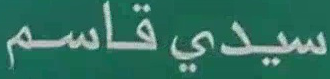
سیدی قاسم